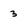
Character: 3